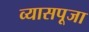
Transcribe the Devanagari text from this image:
व्यासपूजा